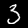
Label: 3